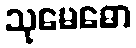
သုမေဓော